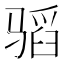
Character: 𱅣